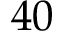
4 0